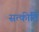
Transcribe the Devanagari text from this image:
सत्कीर्ति